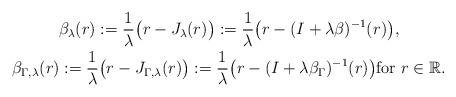
LaTeX: \begin{gather*}\beta_\lambda (r):=\frac{1}{\lambda} \bigl( r-J_\lambda (r) \bigr) :=\frac{1}{\lambda} \bigl( r-(I+\lambda \beta) ^{-1}(r)\bigr), \\\beta_{\Gamma,\lambda} (r):=\frac{1}{\lambda} \bigl( r-J_{\Gamma,\lambda} (r) \bigr) :=\frac{1}{\lambda} \bigl( r-(I+\lambda \beta_\Gamma) ^{-1}(r)\bigr) {\rm for~} r \in \mathbb{R}.\end{gather*}